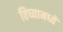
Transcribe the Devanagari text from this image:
तिच्यामध्यें